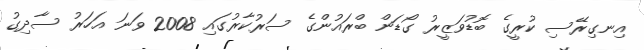
އިނގިރޭސި ކުރީގެ ބޮޑުވަޒީރު ގޯޑަން ބްރައުންގެ ސަރުކާރުގައި 2008 ވަނަ އަހަރު ސާދިގު